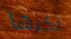
ذكرها